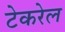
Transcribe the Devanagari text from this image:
टेकरेल